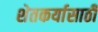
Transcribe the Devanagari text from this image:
शेतकर्यासाठी